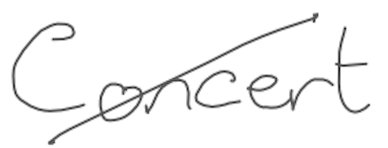
Text: Concert
Cross-out: diagonal
Writing tool: digital_gray